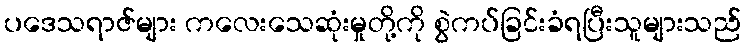
ပဒေသရာဇ်များ ကလေးသေဆုံးမှုတို့ကို စွဲကပ်ခြင်းခံရပြီးသူများသည်